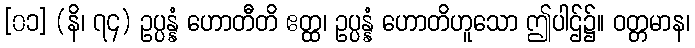
[၀၁] (နိ၊ ၇၄) ဥပ္ပန္နံ ဟောတီတိ ဧတ္ထ၊ ဥပ္ပန္နံ ဟောတိဟူသော ဤပါဌ်၌။ ဝတ္တမာန၊